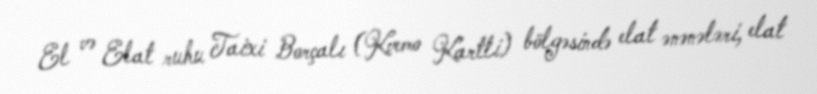
El və Elat ruhu Taixi Borçalı (Kvemo Kartli) bölgəsində elat ənənələri, elat